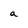
Character: a